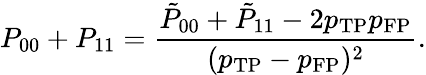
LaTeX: P_{00}+P_{11}=\frac{\tilde{P}_{00}+\tilde{P}_{11}-2p_{\mathrm{TP}}p_{\mathrm{FP}}}{(p_{\mathrm{TP}}-p_{\mathrm{FP}})^{2}}.